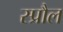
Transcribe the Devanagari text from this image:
स्प्रौल